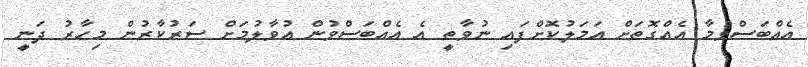
އެއްބަސްވުމާ އެއްގޮތަށް އަމަލުކޮށްފައި ނުވާތީ އެ އެއްބަސްވުން އުވާލުމަށް ސަރުކާރުން މިހާރު ދަނީ